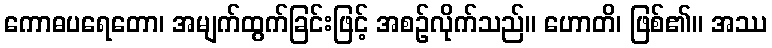
ကောဓပရေတော၊ အမျက်ထွက်ခြင်းဖြင့် အစဉ်လိုက်သည်။ ဟောတိ၊ ဖြစ်၏။ အဿ